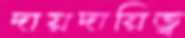
দায়দায়িত্ব